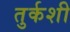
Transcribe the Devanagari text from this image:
तुर्कशी